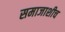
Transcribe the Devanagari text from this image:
समाजाशीच